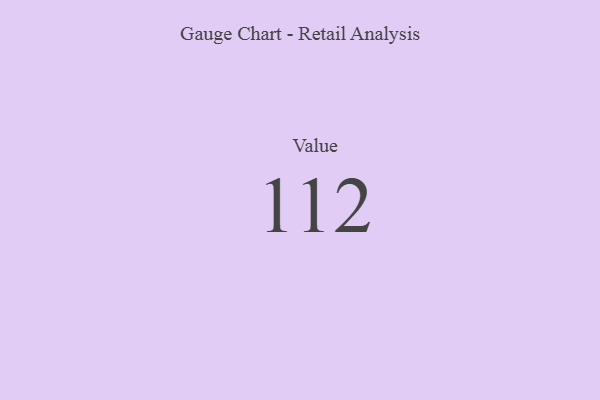
{"axis": {"x": "Metric", "y": "Value"}, "legend": [""], "data": [{"x": "Value", "y": 112, "type": ""}]}